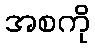
အစကို